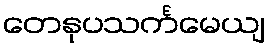
တေနုပသင်္ကမေယျ